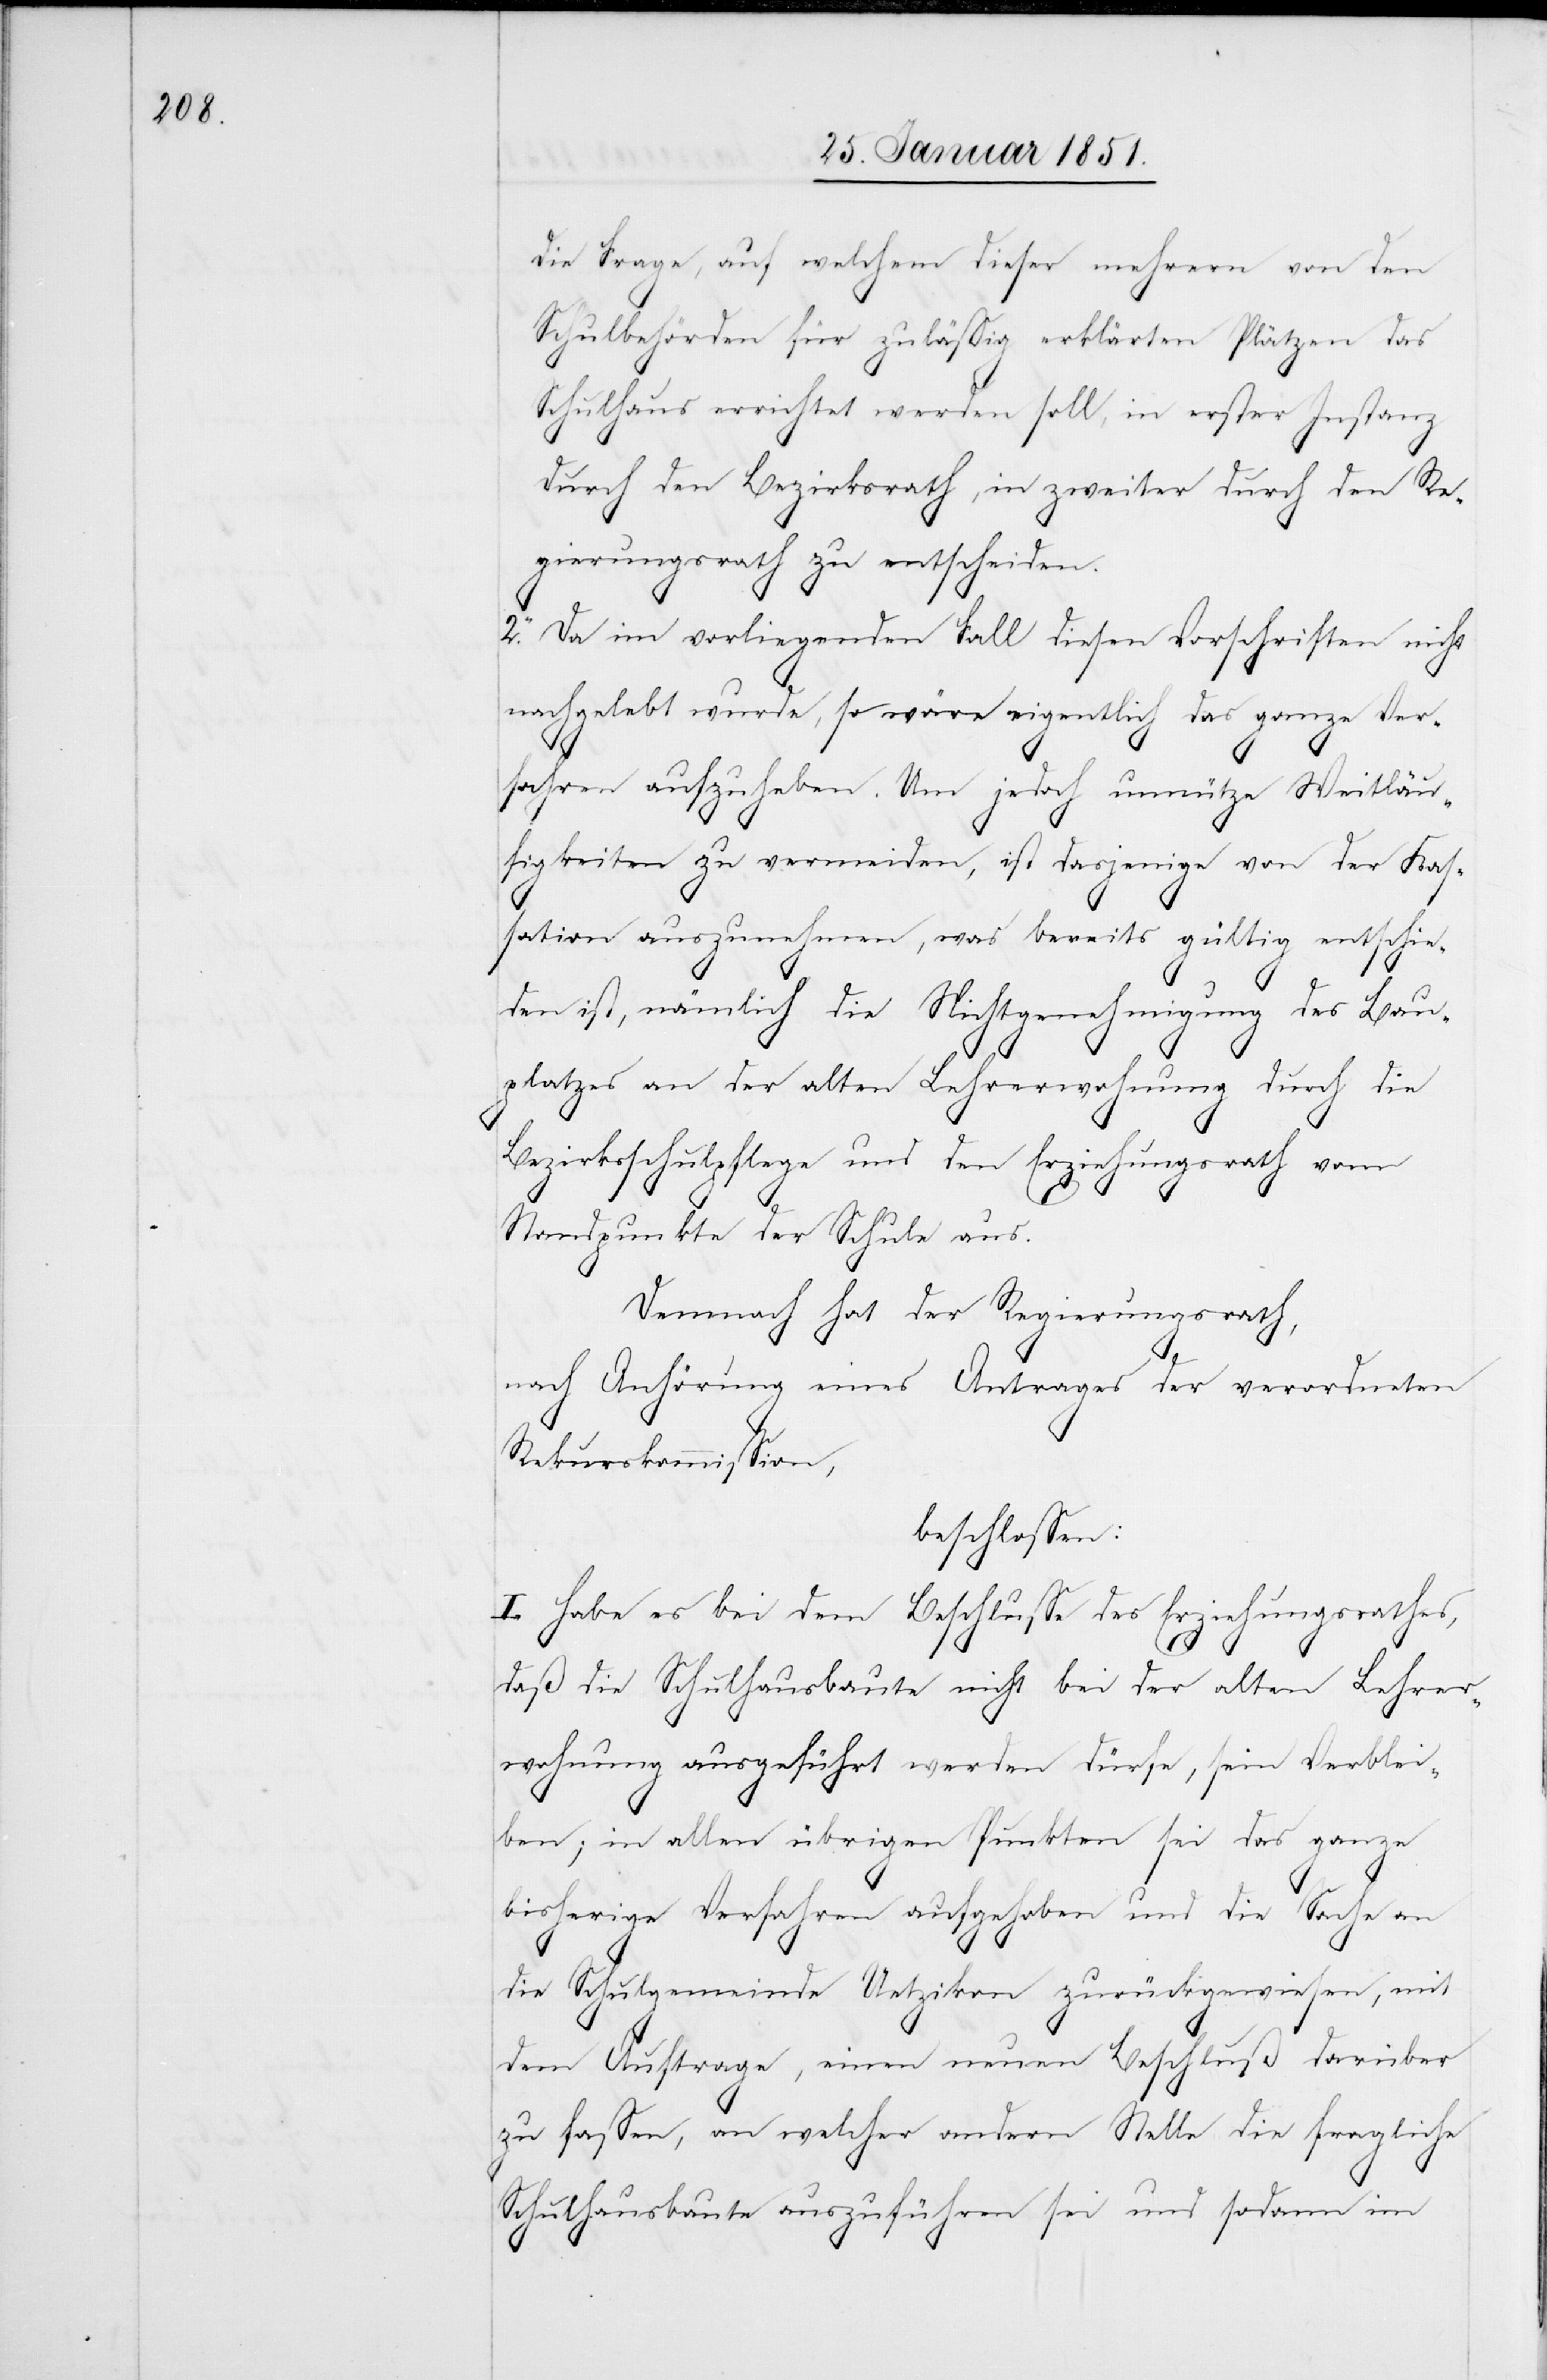
die Frage, auf welchem dieser mehrern von den
Schulbehörden für zulässig erklärten Plätzen das
Schulhaus errichtet werden soll, in erster Instanz
durch den Bezirksrath, in zweiter durch den Re¬
gierungsrath zu entscheiden.
2. Da im vorliegenden Fall diesen Vorschriften nicht
nachgelebt wurde, so wäre eigentlich das ganze Ver¬
fahren aufzuheben. Um jedoch unnütze Weitläu¬
figkeiten zu vermeiden, ist dasjenige von der Kas¬
sation auszunehmen, was bereits gültig entschie¬
den ist, nämlich die Nichtgenehmigung des Bau¬
platzes an der alten Lehrerwohnung durch die
Bezirksschulpflege und den Erziehungsrath vom
Standpunkte der Schule aus.
Demnach hat der Regierungsrath,
nach Anhörung eines Antrages der verordneten
Rekurskommission,
beschlossen:
I. Habe es bei dem Beschlusse des Erziehungsrathes,
daß die Schulhausbaute nicht bei der alten Lehrer¬
wohnung ausgeführt werden dürfe, sein Verblei¬
ben; in allen übrigen Punkten sei das ganze
bisherige Verfahren aufgehoben und die Sache an
die Schulgemeinde Uetzikon zurückgewiesen, mit
dem Auftrage, einen neuen Beschluß darüber
zu fassen, an welcher andern Stelle die fragliche
Schulhausbaute auszuführen sei und sodann im